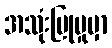
အသုံးပြုမှုမှာ